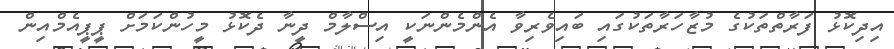
އިދިކޮޅު ފަރާތްތަކުގެ މުޒާހަރާތަކުގައި ބައިވެރިވާ އެންމެންނަކީ އިސްލާމް ދީނާ ދެކޮޅު މީހުންކަމަށް ޕީޕީއެމްއިން